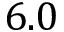
6 . 0